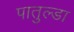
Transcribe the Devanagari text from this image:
पातुल्डा